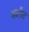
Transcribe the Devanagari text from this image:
बर्गेन